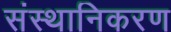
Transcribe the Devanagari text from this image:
संस्थानिकरण